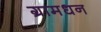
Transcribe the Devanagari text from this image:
ग्रामधन